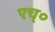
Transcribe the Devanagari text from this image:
एच्‌०